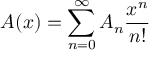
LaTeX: A ( x ) = \sum _ { n = 0 } ^ { \infty } A _ { n } { \frac { x ^ { n } } { n ! } }